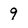
Character: 9